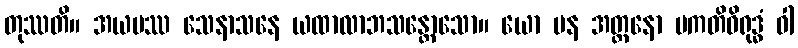
တုဿတိ။ အယမဿ သေနာသနေ ယထာလာဘသန္တောသော။ ယော ပန အတ္တနော ပကတိဝိရုဒ္ဓံ ဝါ